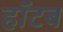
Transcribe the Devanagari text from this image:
हॉटब